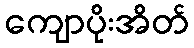
ကျောပိုးအိတ်